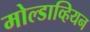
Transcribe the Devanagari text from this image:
मोल्डाव्हियन